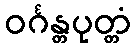
ဝင်္ဂန္တပုတ္တံ